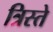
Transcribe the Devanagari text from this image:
त्रिस्ते